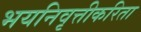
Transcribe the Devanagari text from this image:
भयनिवृत्तीकरिता